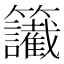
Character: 𥸔